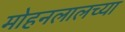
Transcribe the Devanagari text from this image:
मोहनलालच्या